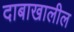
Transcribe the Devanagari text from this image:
दाबाखालील